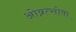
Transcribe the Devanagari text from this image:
ओब्रत्सोवा